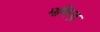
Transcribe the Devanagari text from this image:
मणिन्द्र